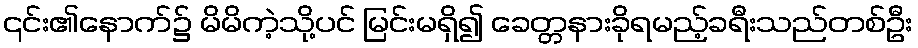
၎င်း၏နောက်၌ မိမိကဲ့သို့ပင် မြင်းမရှိ၍ ခေတ္တနားခိုရမည့်ခရီးသည်တစ်ဦး